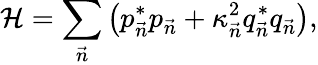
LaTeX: {\cal H}=\sum_{\vec{n}}\left(p_{\vec{n}}^{*}p_{\vec{n}}+\kappa_{\vec{n}}^{2}q_{\vec{n}}^{*}q_{\vec{n}}\right),